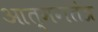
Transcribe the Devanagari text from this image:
आत्मगतंत्र